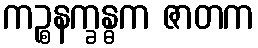
ကဉ္စနက္ခန္ဓက ဇာတက